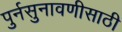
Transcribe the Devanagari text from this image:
पुर्नसुनावणीसाठी